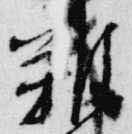
難